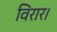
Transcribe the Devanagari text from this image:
विरार।